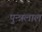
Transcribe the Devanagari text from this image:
पुन्न्नलाल